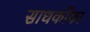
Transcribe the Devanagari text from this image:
साधकोंका